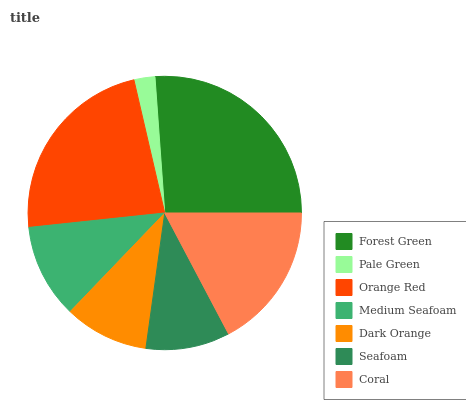
| Forest Green | Pale Green | Orange Red | Medium Seafoam | Dark Orange | Seafoam | Coral |
 | --- | --- | --- | --- | --- | --- | --- |
 | 26.1% | 2.48% | 23.1% | 11.1% | 9.96% | 9.93% | 17.3% |